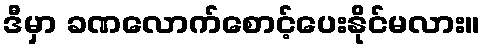
ဒီမှာ ခဏလောက်စောင့်ပေးနိုင်မလား။